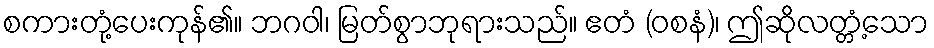
စကားတုံ့ပေးကုန်၏။ ဘဂဝါ၊ မြတ်စွာဘုရားသည်။ ဧတံ (ဝစနံ)၊ ဤဆိုလတ္တံ့သော